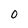
Character: 0